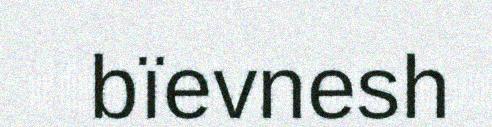
bïevnesh